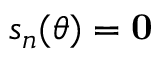
s _ { n } ( \theta ) = \mathbf { 0 }